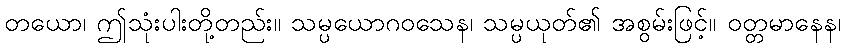
တယော၊ ဤသုံးပါးတို့တည်း။ သမ္ပယောဂဝသေန၊ သမ္ပယုတ်၏ အစွမ်းဖြင့်။ ဝတ္တမာနေန၊